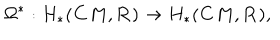
\Omega ^ { \ast } : H _ { \ast } ( { \bf C } M , { \bf R } ) \rightarrow H _ { \ast } ( { \bf C } M , { \bf R } ) ,